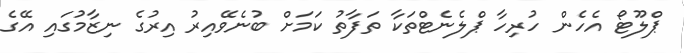
ޕްލޫޓޯ އެހެން ހުރިހާ ޕްލެނެޓްތަކާ ތަފާތު ކަމަށް ބުނެވޭއިރު އިރުގެ ނިޒާމުގައި އޭގެ